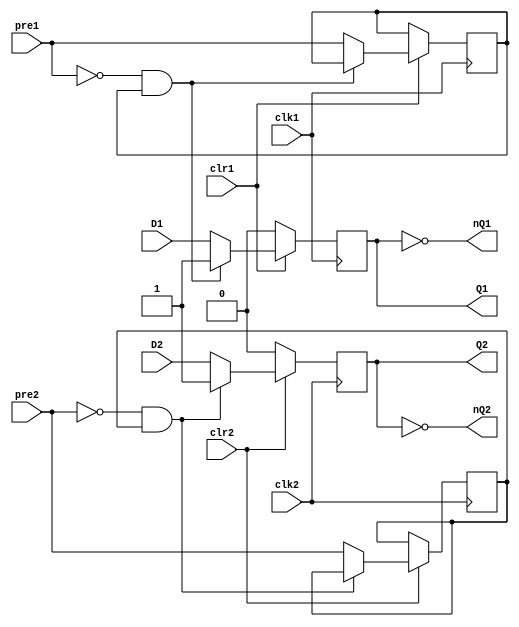

module x7474(
  input clk1,
  input clr1,
  input pre1,
  input D1,
  output reg Q1,
  output nQ1,
  input clk2,
  input clr2,
  input pre2,
  input D2,
  output reg Q2,
  output nQ2
);

reg ppre1, ppre2;

always @(posedge clk1)
  if (~clr1)
    Q1 <= 1'b0;
  else if (~pre1 & ppre1)
    Q1 <= 1'b1;
  else begin
    Q1 <= D1;
    ppre1 <= pre1;
  end

always @(posedge clk2)
  if (~clr2)
    Q2 <= 1'b0;
  else if (~pre2 & ppre2)
    Q2 <= 1'b1;
  else begin
    Q2 <= D2;
    ppre2 <= pre2;
  end

assign nQ1 = ~Q1;
assign nQ2 = ~Q2;


endmodule